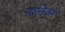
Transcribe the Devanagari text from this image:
ग्रामिकों